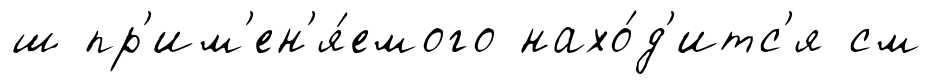
ш пр'им'ен'я́емого нахо́д'итс'я см